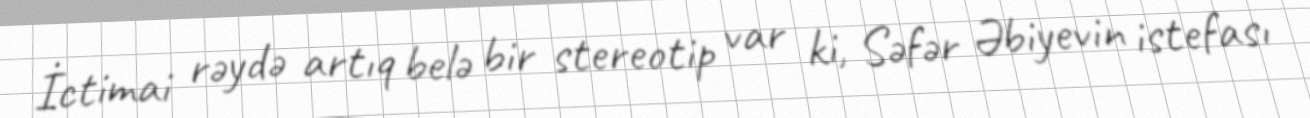
İctimai rəydə artıq belə bir stereotip var ki, Səfər Əbiyevin istefası